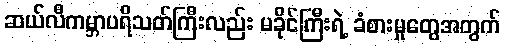
ဆယ်လီကမ္ဘာပရိသတ်ကြီးလည်း မခိုင်ကြီးရဲ့ ခံစားမှုတွေအတွက်